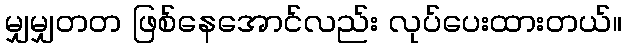
မျှမျှတတ ဖြစ်နေအောင်လည်း လုပ်ပေးထားတယ်။